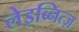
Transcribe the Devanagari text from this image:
लेइब्नित्ज़